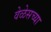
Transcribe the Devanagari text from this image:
वेळेसच्या